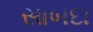
સાબદા